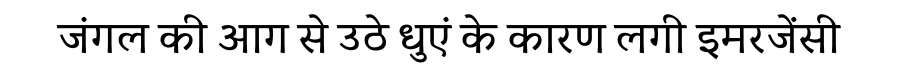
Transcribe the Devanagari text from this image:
जंगल की आग से उठे धुएं के कारण लगी इमरजेंसी